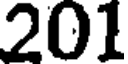
201